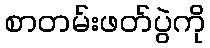
စာတမ်းဖတ်ပွဲကို